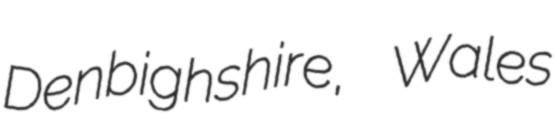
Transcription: Denbighshire, Wales